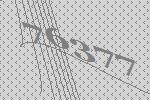
76377